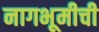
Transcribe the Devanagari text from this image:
नागभूमीची